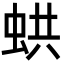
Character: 𧋄